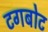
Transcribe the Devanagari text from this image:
टगबोट